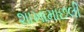
શાખામાછલી